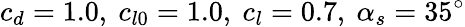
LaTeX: c_{d}=1.0,~c_{l0}=1.0,~c_{l}=0.7,~\alpha_{s}=35^{\circ}